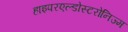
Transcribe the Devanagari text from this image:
हाइपरएल्डोस्टरोनिज्म